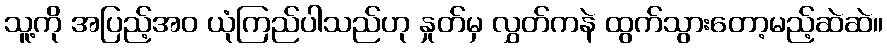
သူ့ကို အပြည့်အဝ ယုံကြည်ပါသည်ဟု နှုတ်မှ လွှတ်ကနဲ ထွက်သွားတော့မည့်ဆဲဆဲ။